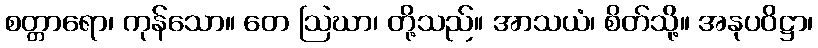
စတ္တာရော၊ ကုန်သော။ တေ ဩဃာ၊ တို့သည်။ အာသယံ၊ စိတ်သို့။ အနုပဝိဋ္ဌာ၊